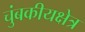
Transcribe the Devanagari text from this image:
चुंबकीयक्षेत्र